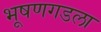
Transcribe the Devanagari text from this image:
भूषणगडला